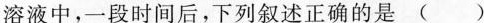
溶液中，一段时间后，下列叙述正确的是 ( )